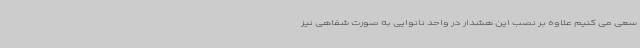
سعی می کنیم علاوه بر نصب این هشدار در واحد نانوایی به صورت شفاهی نیز